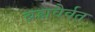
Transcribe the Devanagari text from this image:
ब्रह्मवैर्वत